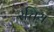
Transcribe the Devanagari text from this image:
रचिय